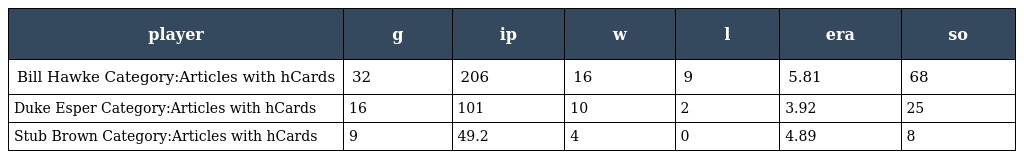
| player | g | ip | w | l | era | so |
 | --- | --- | --- | --- | --- | --- | --- |
 | Bill Hawke Category:Articles with hCards | 32 | 206 | 16 | 9 | 5.81 | 68 |
 | Duke Esper Category:Articles with hCards | 16 | 101 | 10 | 2 | 3.92 | 25 |
 | Stub Brown Category:Articles with hCards | 9 | 49.2 | 4 | 0 | 4.89 | 8 |